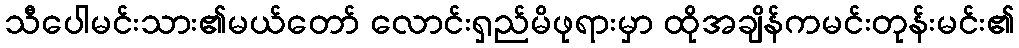
သီပေါမင်းသား၏မယ်တော် လောင်းရှည်မိဖုရားမှာ ထိုအချိန်ကမင်းတုန်းမင်း၏